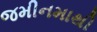
જમીનમાથી